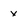
Character: x